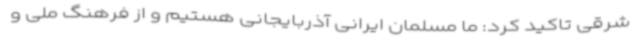
شرقی تاکید کرد: ما مسلمان ایرانی آذربایجانی هستیم و از فرهنگ ملی و